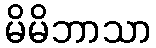
မိမိဘာသာ